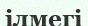
ілмегі